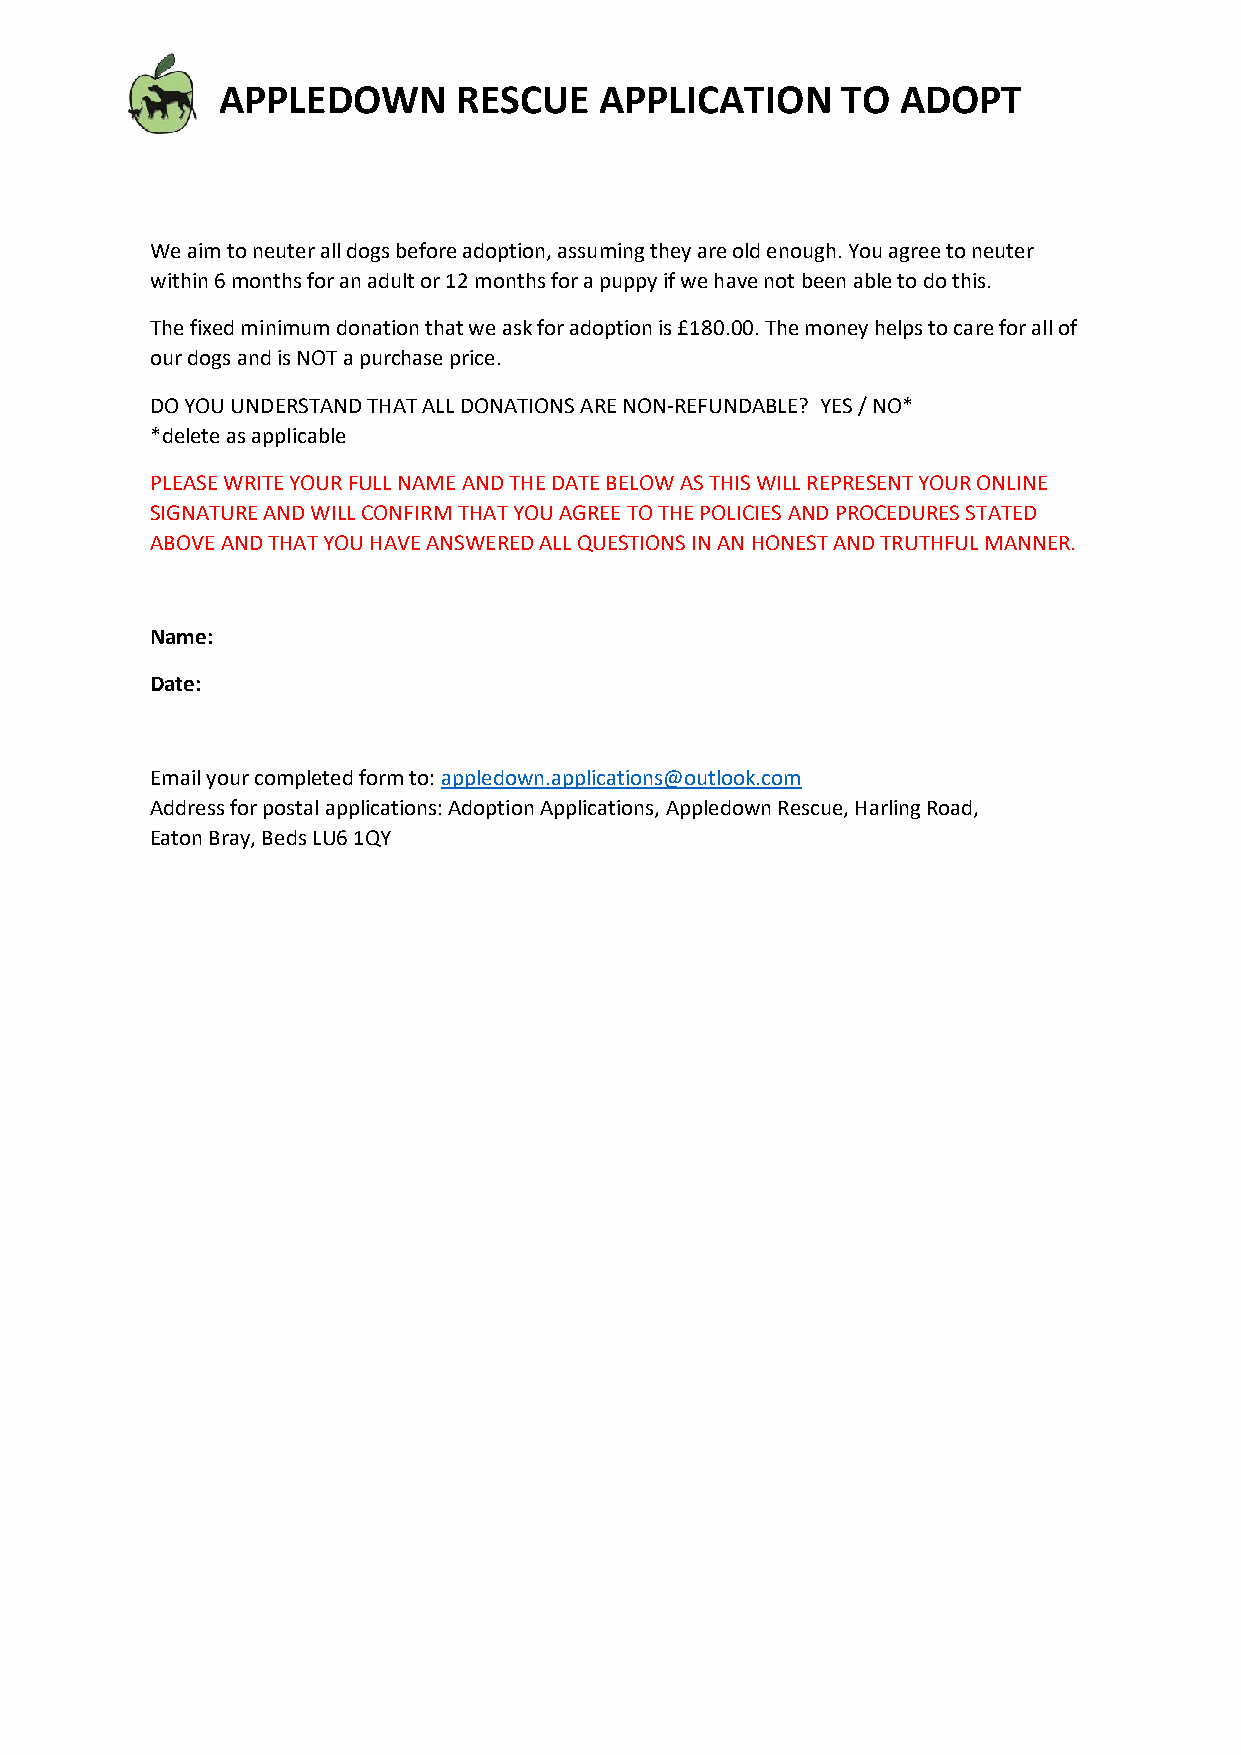
APPLEDOWN      RESCUE    APPLICATION     TO  ADOPT
 We aim to neuter all dogs before adoption, assuming they are old enough. You agree to neuter
 within 6 months for an adult or 12 months for a puppy if we have not been able to do this.
 The fixed minimum donation that we ask for adoption is £180.00. The money helps to care for all of
 our dogs and is NOT a purchase price.
 DO YOU UNDERSTAND THAT ALL DONATIONS ARE NON-REFUNDABLE? YES / NO*
 *delete as applicable
 PLEASE WRITE YOUR FULL NAME AND THE DATE BELOW AS THIS WILL REPRESENT YOUR ONLINE
 SIGNATURE AND WILL CONFIRM THAT YOU AGREE TO THE POLICIES AND PROCEDURES STATED
 ABOVE AND THAT YOU HAVE ANSWERED ALL QUESTIONS IN AN HONEST AND TRUTHFUL MANNER.
 Name:
 Date:
 Email your completed form to: appledown.applications@outlook.com
 Address for postal applications: Adoption Applications, Appledown Rescue, Harling Road,
 Eaton Bray, Beds LU6 1QY